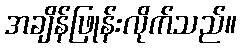
အချိန်ဖြုန်းလိုက်သည်။